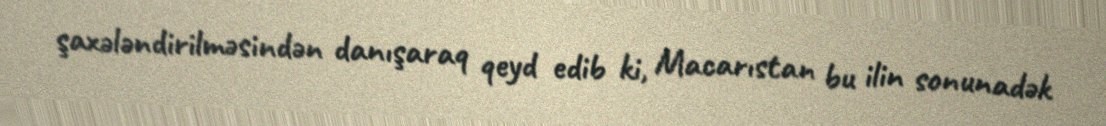
şaxələndirilməsindən danışaraq qeyd edib ki, Macarıstan bu ilin sonunadək